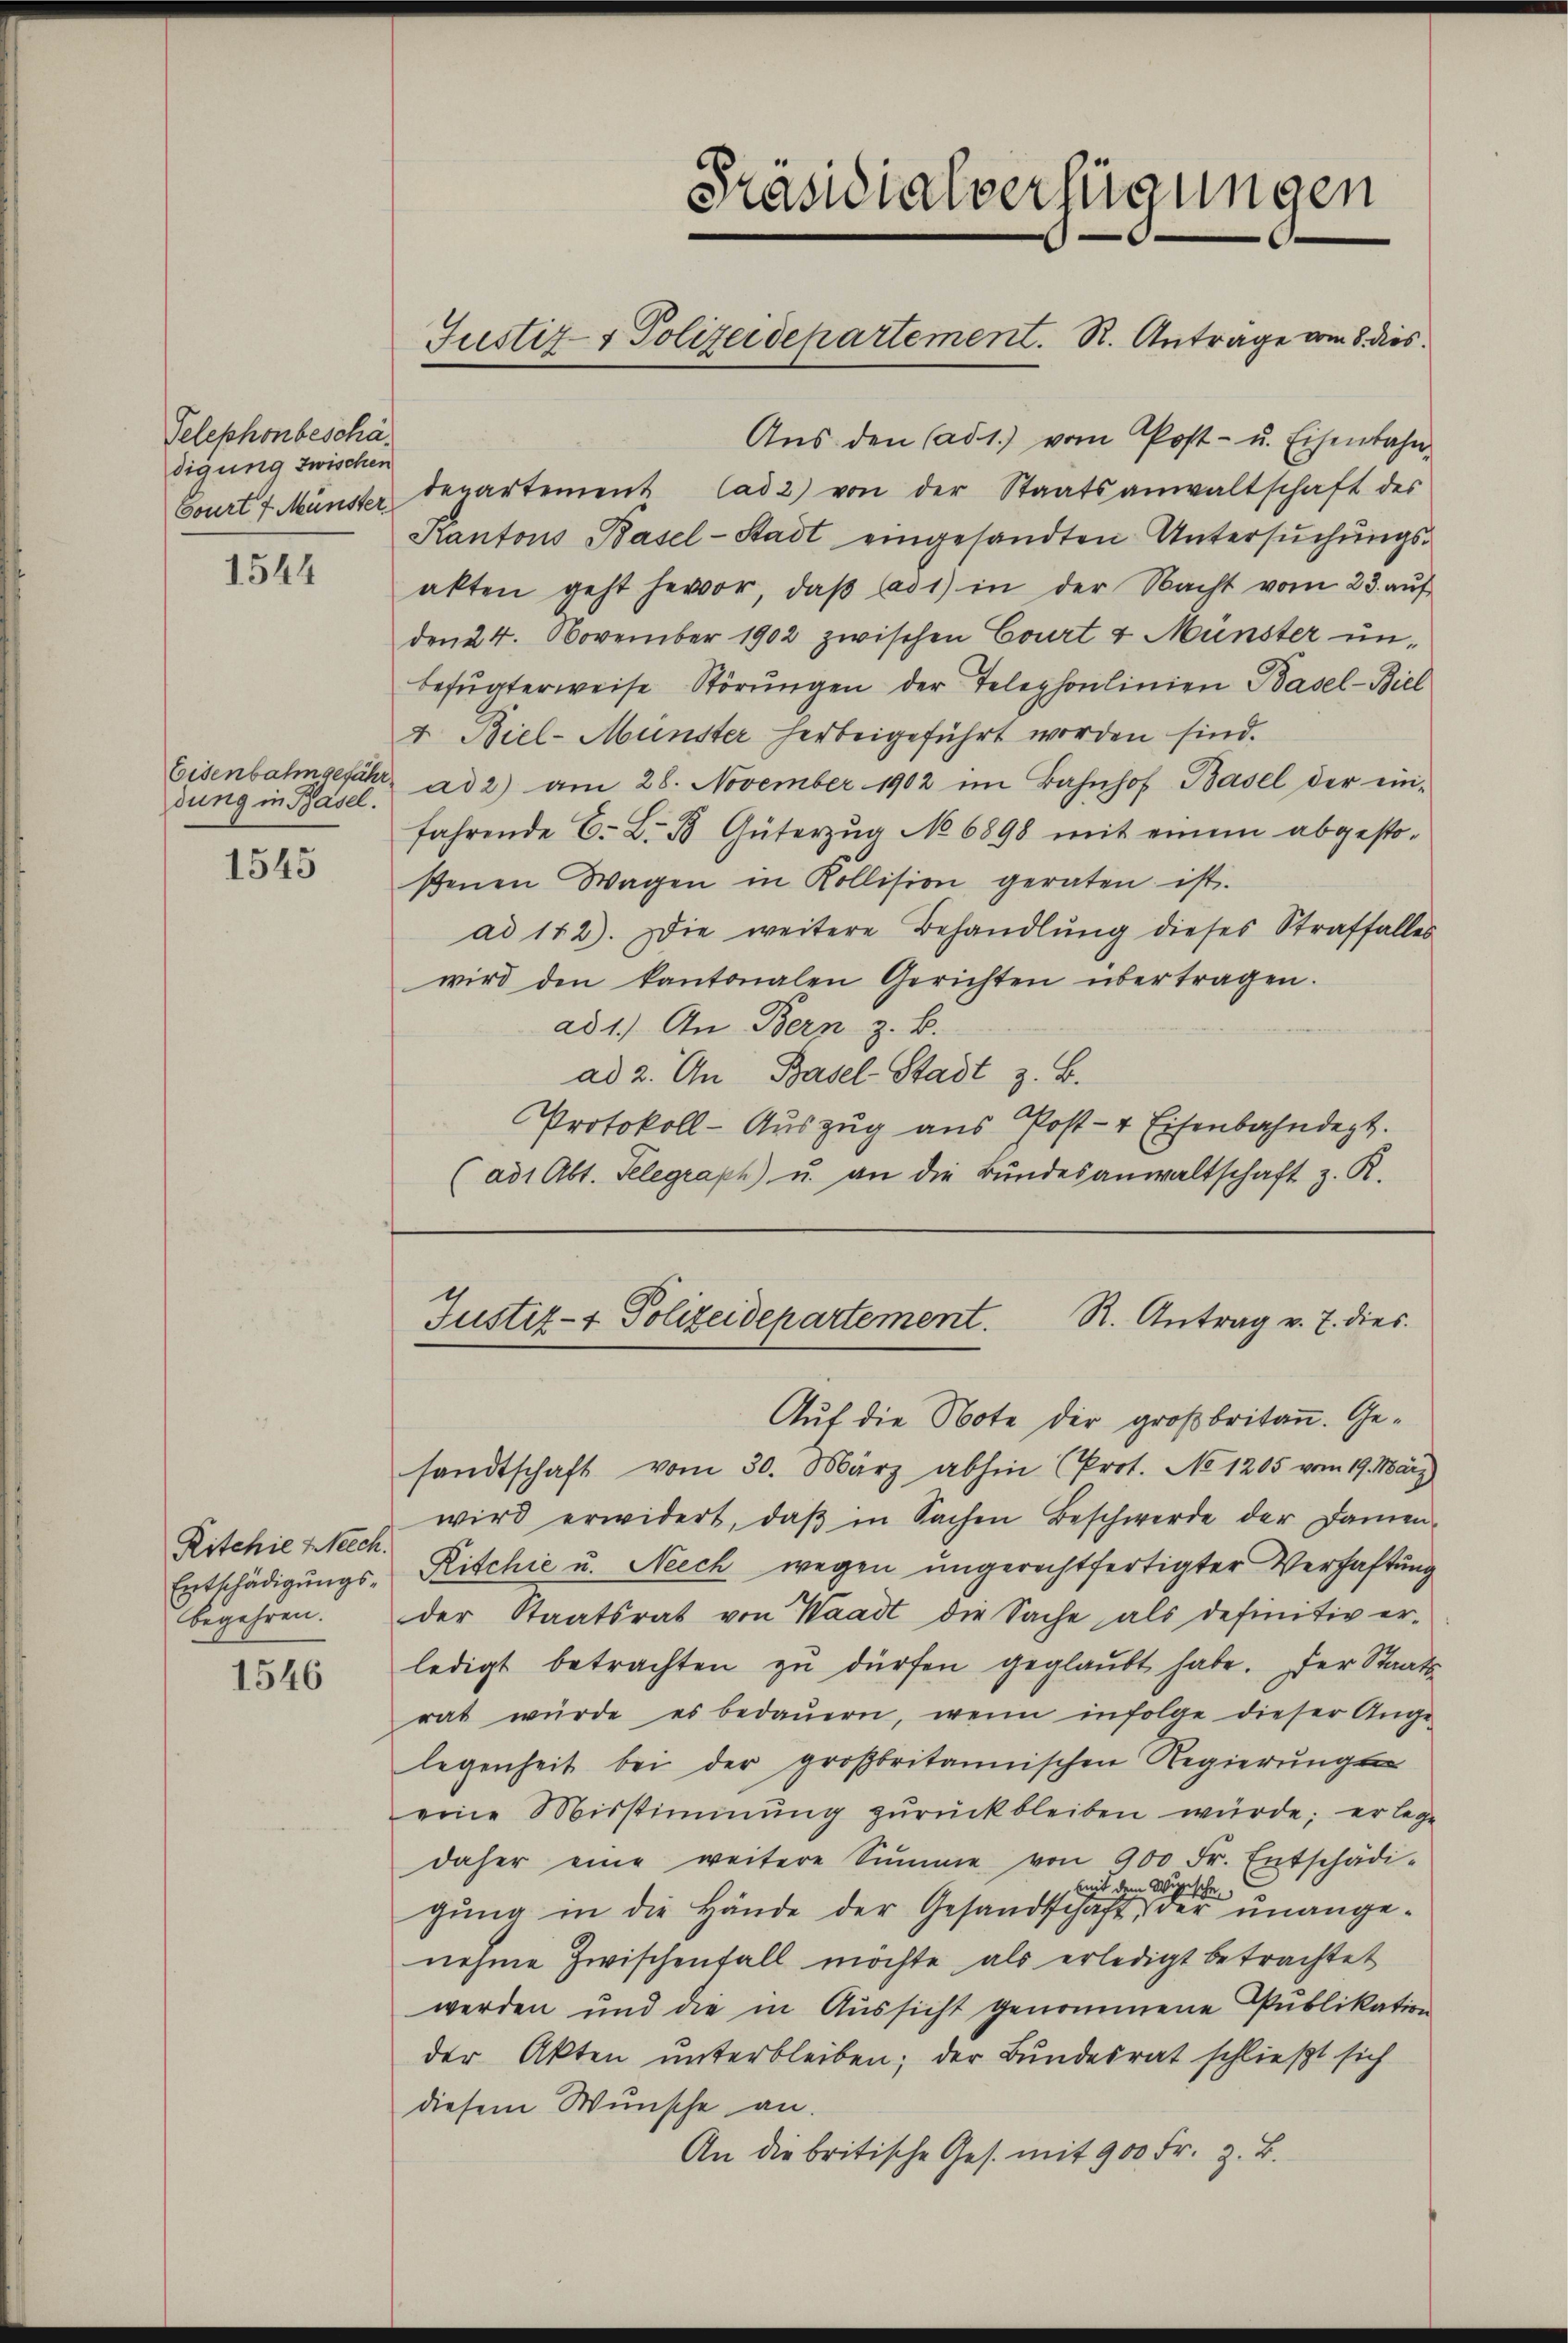
Telephonbeschädigung zwischen

1544

Eisenbahngefähr
dung in Basel.

1545

Ritchie Welch
begehren.

1546

5
Präsidialverfügungen
Justiz- & Polizeidepartement. R. Antrage vom 8. dies

Aŭs den (ad 1.) vom Post- u. Eisenbahn-
Court 4. Münster denartement Cad2) von der Staatsanwaltschaft des
Kantons Basel-Stadt eingesandten Untersŭchŭngs-
akten geht hervor, daβ ad 1) in der Nacht vom 23. aŭf
den 24. November 1902 zwischen Court 4 Münster un-
befŭgterweise Störŭngen der Telephonlinien Basel-Biel
4 Biel-Münster herbeigeführt worden sind.
ad 2) am 28. November 1902 im Bahnhof Basel der ein-
fahrende C. L. B. Güterzug No 6898 mit einem abgesto-
ßenen Wagen in Kollision geraten ist.
ad 142). Die weitere Behandlung dieses Straffalles
wird den kantonalen Gerichten übertragen.
ad 1.) An Bern z. B.
ad 2. An Basel-Stadt z. B.
Protokoll-Auszug aus Post- & Eisenbahndept.
(ad 1 Abt. Telegraph u. an die Bŭndesanwaltschaft z. R.

Auf die Note der großbritan. Gesandtschaft vom 30. März abhin (Prot. No 1205 vom 19. März
wird erwidert, daβ in Sachen Beschwerde der Damen-
Entschädigŭngs-Ritchie u. Neech wegen ungerechtfertigter Verhaftung
der Staatsrat von Waadt die Sache als definitiv er-
ledigt betrachten zŭ dürfen geglaŭbt habe. Der Staats-
rat würde es bedaŭern, wenn infolge dieser Ange-
legenheit bei der großbritannischen Regierungseine Misstimmung zŭrückbleiben würde; er lege
daher eine weitere Summe von 900 Fr. Entschädi-
mit dem Wippische
gŭng in die Hände der Gesandtschaft, der unangenehme Zwischenfall möchte, als erledigt betrachtet
werden und die in Aussicht genommene Publikation
der Akten unterbleiben; der Bundesrat schließt sich
diesem Wunsche an.
An die britische Ges. mit 900 Fr. z. B.

Justiz- & Polizeidepartement. R. Antrag v. 7. dies